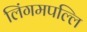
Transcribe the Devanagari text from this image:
लिंगमपल्लि